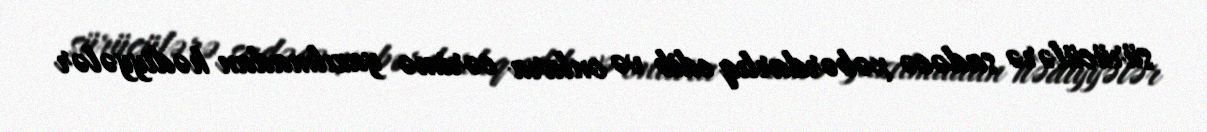
sürücülərə sadəcə xəbərdarlıq edib və onlara cərimə yazılmadan hədiyyələr